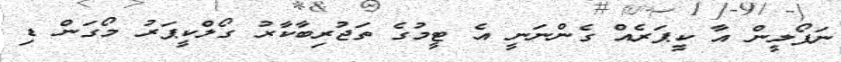
ނަޕޯލީން އާ ކީޕަރެއް ގެންނަނީ އެ ޓީމުގެ ތަޖުރިބާކާރު ގޯލްކީޕަރު މޯގަން ޑި